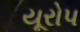
યૂરોપ